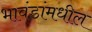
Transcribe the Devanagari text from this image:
भावंडांमधील